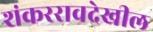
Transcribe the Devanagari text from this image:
शंकररावदेखील